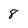
Character: 8